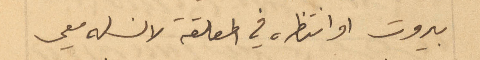
بيروت او انتظره في المعلقة لان له معي